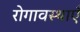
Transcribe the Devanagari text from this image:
रोगावस्थाएँ